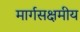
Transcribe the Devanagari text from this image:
मार्गसक्षमीय